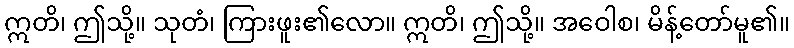
ဣတိ၊ ဤသို့။ သုတံ၊ ကြားဖူး၏လော။ ဣတိ၊ ဤသို့။ အဝေါစ၊ မိန့်တော်မူ၏။